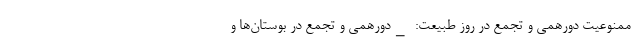
-ممنوعیت دورهمی و تجمع در روز طبیعت: _دورهمی و تجمع در بوستان‌ها و